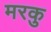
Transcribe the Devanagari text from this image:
मरकु